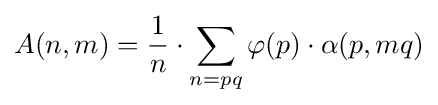
A(n,m)={\frac {1}{n}}\cdot \sum _{n=pq}\varphi (p)\cdot \alpha (p,mq)